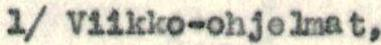
1/ Viikko-ohjelmat,